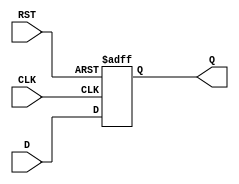
module FlipFlopRegister #(
    parameter N = 8 // Default width of the register is 8 bits
)(
    input wire [N-1:0] D,      // Data inputs
    input wire CLK,             // Clock input
    input wire RST,             // Reset input
    output reg [N-1:0] Q        // Data outputs
);

    // Synchronous Reset Functionality
    always @(posedge CLK or posedge RST) begin
        if (RST) begin
            Q <= {N{1'b0}}; // Reset all bits to 0
        end else begin
            Q <= D; // Capture data on rising edge of the clock
        end
    end

endmodule